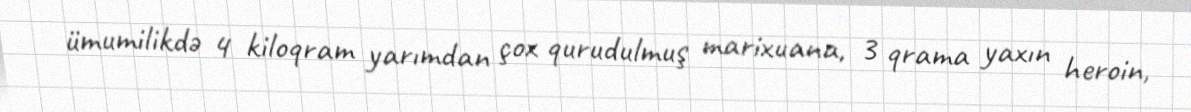
ümumilikdə 4 kiloqram yarımdan çox qurudulmuş marixuana, 3 qrama yaxın heroin,